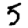
Digit: 5